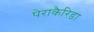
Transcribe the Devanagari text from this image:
पेराकैरिडा